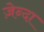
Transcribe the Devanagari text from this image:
ज़ेन्दा